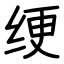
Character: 绠